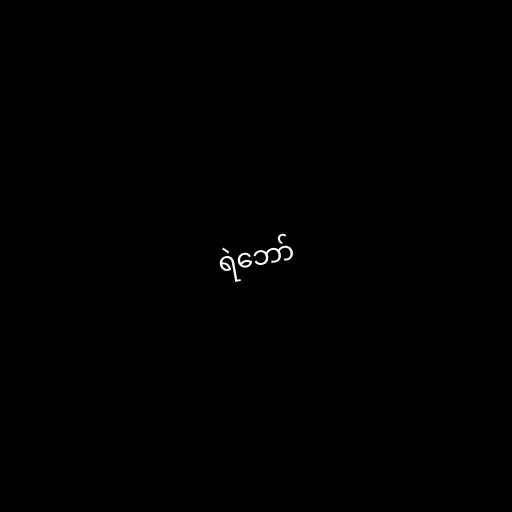
ရဲဘော်